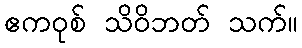
ဧကဝုစ် သိဝိဘတ် သက်။